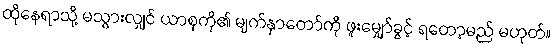
ထိုနေရာသို့ မသွားလျှင် ယာစုကို၏ မျက်နှာတော်ကို ဖူးမျှော်ခွင့် ရတော့မည် မဟုတ်။